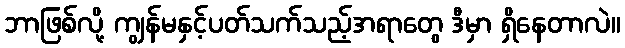
ဘာဖြစ်လို့ ကျွန်မနှင့်ပတ်သက်သည့်အရာတွေ ဒီမှာ ရှိနေတာလဲ။